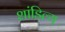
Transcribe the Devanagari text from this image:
शांडिल्‍य